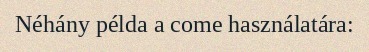
Néhány példa a come használatára: